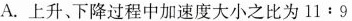
A.上升、下降过程中加速度大小之比为$$11:9$$